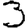
Digit: 3